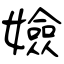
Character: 嬐